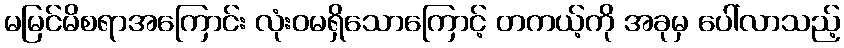
မမြင်မိစရာအကြောင်း လုံးဝမရှိသောကြောင့် တကယ့်ကို အခုမှ ပေါ်လာသည့်